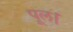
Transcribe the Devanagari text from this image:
पूल।